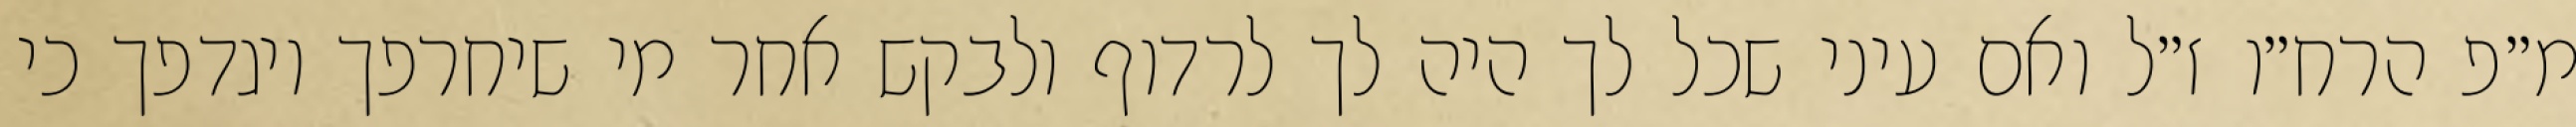
מ״פ הרח״ו ז״ל ואם עיני שכל לך היה לך לרדוף ולבקש אחר מי שיחרפך ויגדפך כי